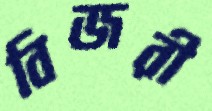
বিজরী